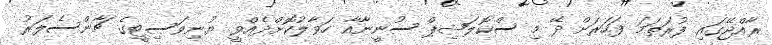
ރާއްޖޭގައި ފުރަތަމަ ފަހަރަށް ދޭ މި ސްކޮލަޝިޕް ސުނީނާއާ ހަވާލުކޮށްދެއްވީ ޔުނިވަސިޓީގެ ޗާންސެލަރު